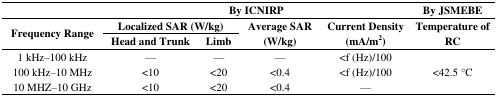
|  | <COLSPAN=4> By ICNIRP | By JSMEBE |
 | <ROWSPAN=3> Frequency Range | <COLSPAN=2> Localized SAR (W/kg) | <ROWSPAN=3> Average SAR (W/kg) | <ROWSPAN=3> Current Density (mA/m2) | <ROWSPAN=3> Temperature of RC |
 | Head and Trunk | Limb |
 | --- | --- | --- | --- | --- | --- |
 | 1 kHz–100 kHz | — | — | — | <f (Hz)/100 | <ROWSPAN=3> <42.5 °C |
 | 100 kHz–10 MHz | <10 | <20 | <0.4 | <f (Hz)/100 |
 | 10 MHZ–10 GHz | <10 | <20 | <0.4 | — |